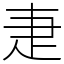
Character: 疌